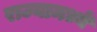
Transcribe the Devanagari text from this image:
राज्यामध्यें